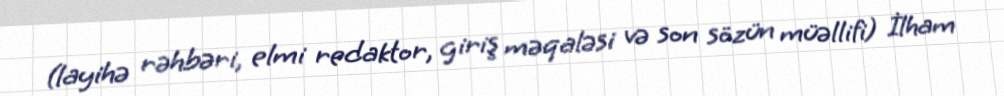
(layihə rəhbəri, elmi redaktor, giriş məqaləsi və son sözün müəllifi) İlham